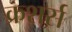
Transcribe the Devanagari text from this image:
क्रशर्स